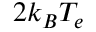
2 k _ { B } T _ { e }